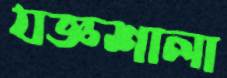
যজ্ঞশালা